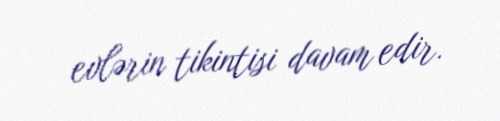
evlərin tikintisi davam edir.